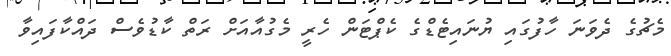
މެޗުގެ ދެވަނަ ހާފުގައި ޔުނައިޓެޑްގެ ކެޕްޓަން ހެރީ މެގުއާއަށް ރަތް ކާޑުވެސް ދައްކާފައިވާ